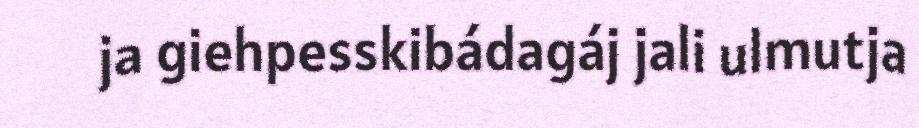
ja giehpesskibádagáj jali ulmutja